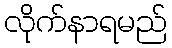
လိုက်နာရမည်